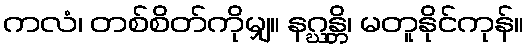
ကလံ၊ တစ်စိတ်ကိုမျှ။ နဂ္ဃန္တိ၊ မတူနိုင်ကုန်။